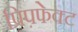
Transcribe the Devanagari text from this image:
प्रिप़फेक्ट